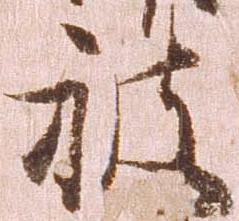
被